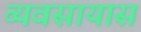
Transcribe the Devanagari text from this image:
व्‍यवसायास